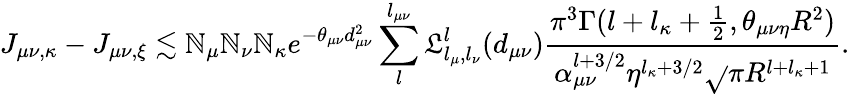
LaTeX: J_{\mu\nu,\kappa}-J_{\mu\nu,\xi}\lesssim\mathbb{N}_{\mu}\mathbb{N}_{\nu}\mathbb{N}_{\kappa}e^{-\theta_{\mu\nu}d_{\mu\nu}^{2}}\sum_{l}^{l_{\mu\nu}}\mathfrak{L}_{l_{\mu},l_{\nu}}^{l}(d_{\mu\nu})\frac{{\pi^{3}\Gamma(l+l_{\kappa}+\frac{{1}}{{2}},\theta_{\mu\nu\eta}R^{2})}}{{\alpha_{\mu\nu}^{l+3/2}\eta^{l_{\kappa}+3/2}\sqrt{}{{\pi}}R^{l+l_{\kappa}+1}}}.